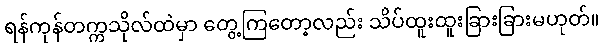
ရန်ကုန်တက္ကသိုလ်ထဲမှာ တွေ့ကြတော့လည်း သိပ်ထူးထူးခြားခြားမဟုတ်။